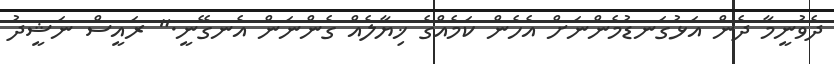
ދެވުނީމާ ދެން އަޅުގަނޑުމެންނަށް އެހެން ކަމެއްގެ ޚިޔާލެއް ގެންނަން އެނގޭނީ." ރައީސް ނަޝީދު